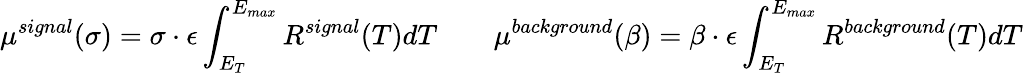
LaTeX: \mu^{signal}(\sigma)=\sigma\cdot\epsilon\int_{E_{T}}^{E_{max}}R^{signal}(T)dT\qquad\mu^{background}(\beta)=\beta\cdot\epsilon\int_{E_{T}}^{E_{max}}R^{background}(T)dT